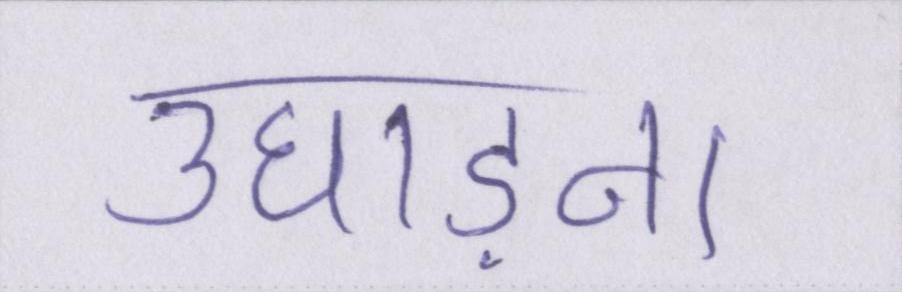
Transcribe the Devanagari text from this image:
उघाड़ना